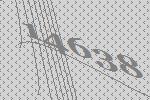
14638